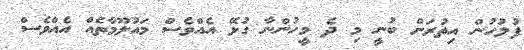
ފުލުހުން އިތުރަށް ބުނީ މި ދެ މީހުންނާ ގުޅޭ އެއްވެސް މައުލޫމާތެއް އެއްވެސް